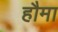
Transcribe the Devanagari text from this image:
हौमा